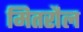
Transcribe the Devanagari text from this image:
मितरौल